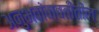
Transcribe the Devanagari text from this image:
अनुभवांबाबतीतील